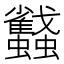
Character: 蠽